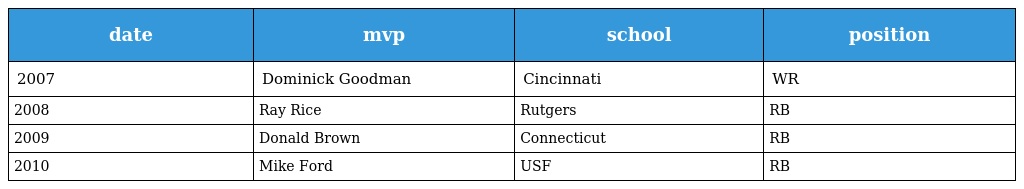
| date | mvp | school | position |
 | --- | --- | --- | --- |
 | 2007 | Dominick Goodman | Cincinnati | WR |
 | 2008 | Ray Rice | Rutgers | RB |
 | 2009 | Donald Brown | Connecticut | RB |
 | 2010 | Mike Ford | USF | RB |